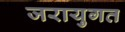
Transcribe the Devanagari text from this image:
जरायुगत